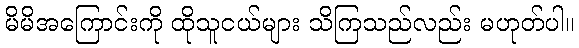
မိမိအကြောင်းကို ထိုသူငယ်များ သိကြသည်လည်း မဟုတ်ပါ။